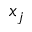
x _ { j }